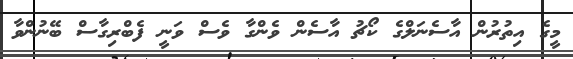
މީގެ އިތުރުން އާސެނަލްގެ ކޯޗު އާސެން ވެންގާ ވެސް ވަނީ ފެބްރިގާސް ބޭނުންވާ